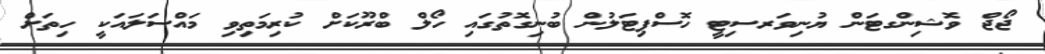
ޖޯޖް ވޮޝިންގޓަން ޔުނިވަރސިޓީ ހޮސްޕިޓަލުން ބުނިގޮތުގައި ހޯލް ބްރޫކަަށް ކުރިމަތިވި މައްސަލައަކީ ހިތަށް